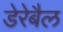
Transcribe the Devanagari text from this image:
डेरेबैल